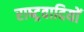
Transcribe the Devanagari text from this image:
राष्‍ट्रवादियों